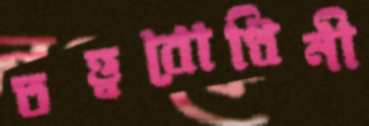
তত্ত্ববোধিনী